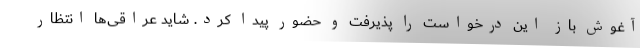
آغوش باز این درخواست را پذیرفت و حضور پیدا کرد. شاید عراقی‌ها انتظار